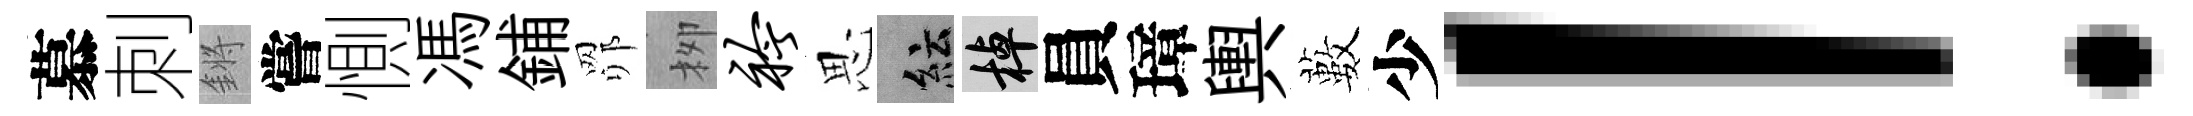
慕刺鏘嘗惻馮鋪𦊑栁衿思紜棹員璋輿藪少！